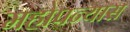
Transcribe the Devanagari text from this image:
महोपन्यास